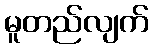
မူတည်လျက်